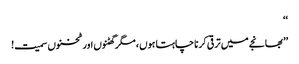
‘‘
’’بھانجے میں ترقی کرنا چاہتا ہوں ، مگر گھٹنوں اور ٹخنوں سمیت!